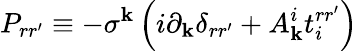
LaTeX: P_{rr^{\prime}}\equiv-\sigma^{\mathbf{k}}\left(i\partial_{\mathbf{k}}\delta_{rr^{\prime}}+A_{\mathbf{k}}^{i}t_{i}^{rr^{\prime}}\right)